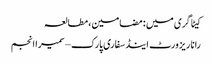
کیٹاگری میں : مضامین، مطالعہ
رانا ریزورٹ اینڈ سفاری پارک – سمیرا انجم